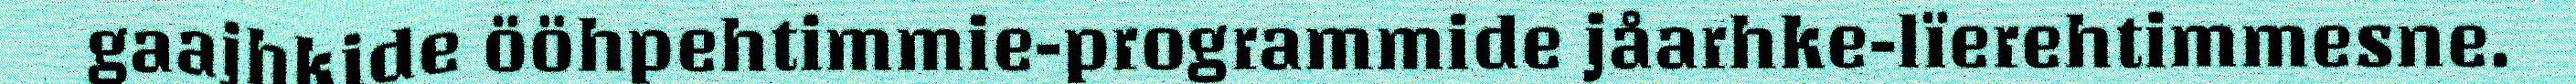
gaajhkide ööhpehtimmie-programmide jåarhke-lïerehtimmesne.